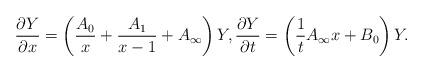
LaTeX: \begin{gather*}\frac{\partial Y}{\partial x} =\left(\frac{A_0}{x}+\frac{A_1}{x-1}+A_\infty\right)Y ,\frac{\partial Y}{\partial t} =\left(\frac{1}{t}A_\infty x+B_0\right)Y .\end{gather*}